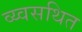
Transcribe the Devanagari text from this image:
व्य्वसथित